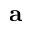
\mathbf { a }